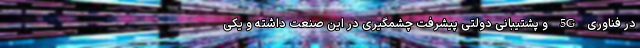
در فناوری 5G و پشتیبانی دولتی پیشرفت چشمگیری در این صنعت داشته و یکی